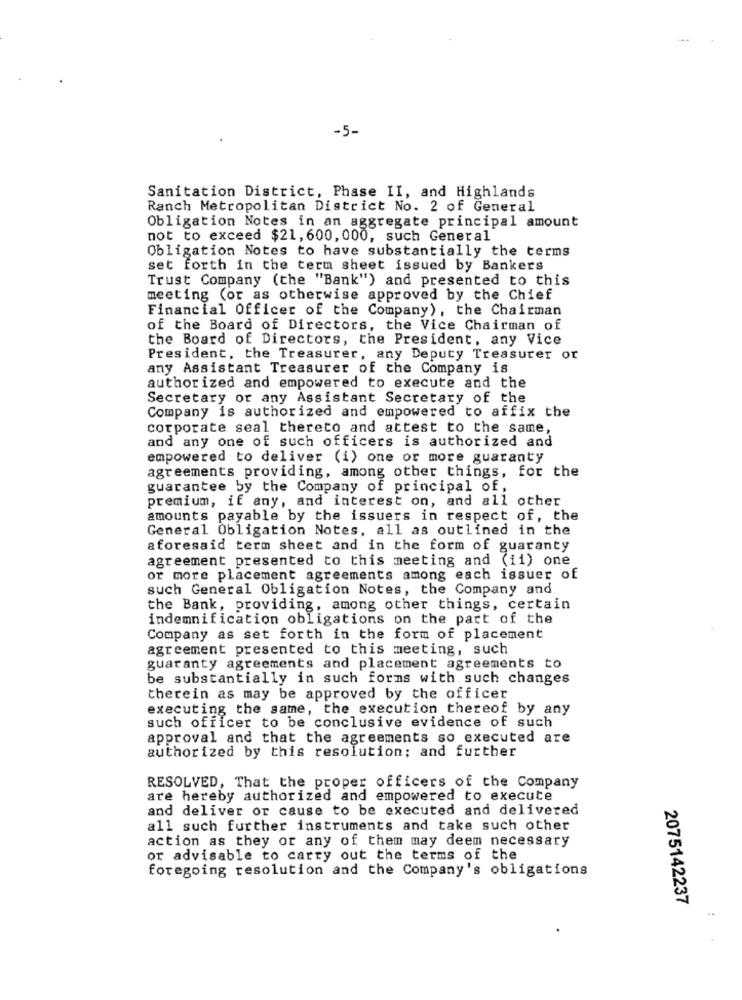
-5-
Sanitation District, Phase II, and Highlands
Ranch Metropolitan District No. 2 of General
Obligation Notes in an aggregate principal amount
not to exceed $21, 600, 000, such General
Obligation Notes to have substantially the terms
set forth in the term sheet issued by Bankers
Trust Company (the "Bank") and presented to this
meeting (or as otherwise approved by the Chief
Financial Officer of the Company), the Chairman
of the Board of Directors, the Vice Chairman of
the Board of Directors, the President, any Vice
President, the Treasurer, any Deputy Treasurer or
any Assistant Treasurer of the Company is
authorized and empowered to execute and the
Secretary or any Assistant Secretary of the
Company is authorized and empowered to affix the
corporate seal thereto and attest to the same,
and any one of such officers is authorized and
empowered to deliver (i) one or more guaranty
agreements providing, among other things, for the
guarantee by the Company of principal of,
premium, if any, and interest on, and all other
amounts payable by the issuers in respect of, the
General Obligation Notes, all as outlined in the
aforesaid term sheet and in the form of guaranty
agreement presented to this meeting and (ii) one
or more placement agreements among each issuer of
such General Obligation Notes, the Company and
the Bank, providing, among other things, certain
indemnification obligations on the part of the
Company as set forth in the form of placement
agreement presented to this meeting, such
guaranty agreements and placement agreements to
be substantially in such forms with such changes
therein as may be approved by the officer
executing the same, the execution thereof by any
such officer to be conclusive evidence of such
approval and that the agreements so executed are
authorized by this resolution; and further
RESOLVED, That the proper officers of the Company
are hereby authorized and empowered to execute
and deliver or cause to be executed and delivered
all such further instruments and take such other
action as they or any of them may deem necessary
or advisable to carry out the terms of the
foregoing resolution and the Company's obligations
2075142237